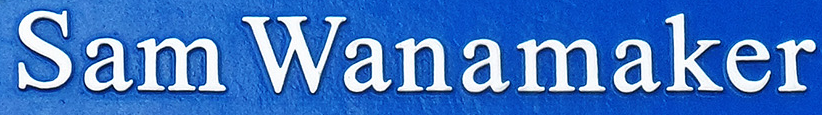
Sam Wanamaker